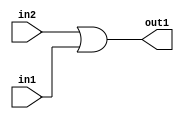
`timescale 1ps / 1ps
/*****************************************************************************
    Verilog RTL Description
    
    
    Created by: Stratus DpOpt 2019.1.01 
*******************************************************************************/

module st_weight_addr_gen_Or_1Ux1U_1U_4_7 (
	in2,
	in1,
	out1
	); /* architecture "behavioural" */ 
input  in2,
	in1;
output  out1;
wire  asc001;

assign asc001 = 
	(in2)
	|(in1);

assign out1 = asc001;
endmodule

/* CADENCE  urfwQgA= : u9/ySgnWtBlWxVPRXgAZ4Og= ** DO NOT EDIT THIS LINE ******/